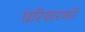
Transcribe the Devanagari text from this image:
परिवारकी